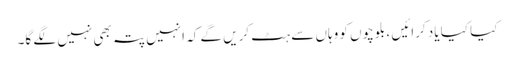
کیا کیا یاد کرائیں ، بلوچوں کو وہاں سے ہٹ کریں گے کہ انہیں پتہ بھی نہیں لگے گا۔